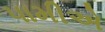
પામીએ